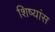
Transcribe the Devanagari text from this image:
शिष्यांस